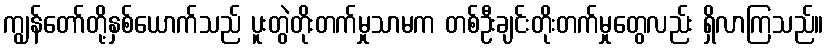
ကျွန်တော်တို့နှစ်ယောက်သည် ပူးတွဲတိုးတက်မှုသာမက တစ်ဦးချင်းတိုးတက်မှုတွေလည်း ရှိလာကြသည်။